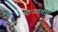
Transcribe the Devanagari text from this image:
चौऱ्यांयशीं